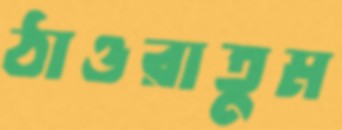
ঠাওরাতুম